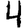
Digit: 4